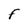
Character: F